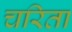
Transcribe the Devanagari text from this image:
चरिता